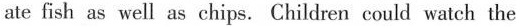
ate fish as well as chips.Children could watch the